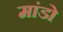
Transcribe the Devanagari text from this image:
मांडो